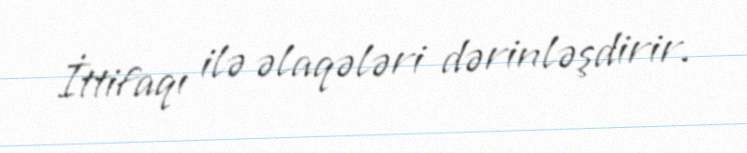
İttifaqı ilə əlaqələri dərinləşdirir.